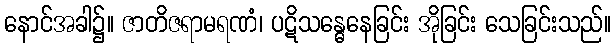
နောင်အခါ၌။ ဇာတိဇရာမရဏံ၊ ပဋိသန္ဓေနေခြင်း အိုခြင်း သေခြင်းသည်။